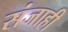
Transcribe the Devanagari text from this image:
संजाही